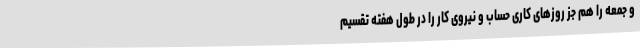
و جمعه را هم جز روزهای کاری حساب و نیروی کار را در طول هفته تقسیم